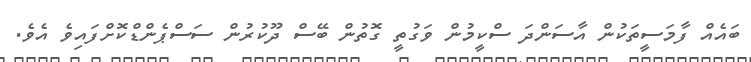
ބައެއް ފާމަސީތަކުން އާސަންދަ ސްކީމުން ވަގުތީ ގޮތުން ބޭސް ދޫކުރުން ސަސްޕެންޑްކޮށްފައިވެ އެވެ.